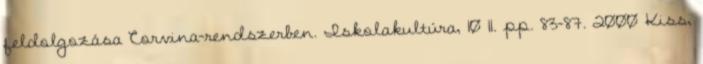
feldolgozása Corvina-rendszerben. Iskolakultúra, 10 11. pp. 83-87. 2000 Kiss,